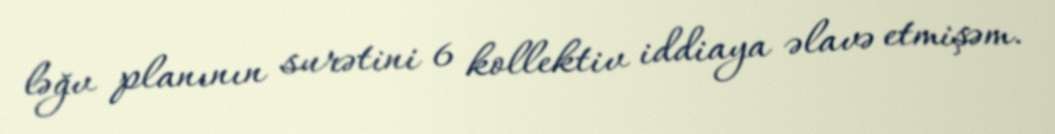
ləğv planının surətini 6 kollektiv iddiaya əlavə etmişəm.